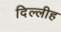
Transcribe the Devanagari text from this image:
दिल्लीह